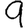
Digit: 9